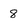
Character: 8